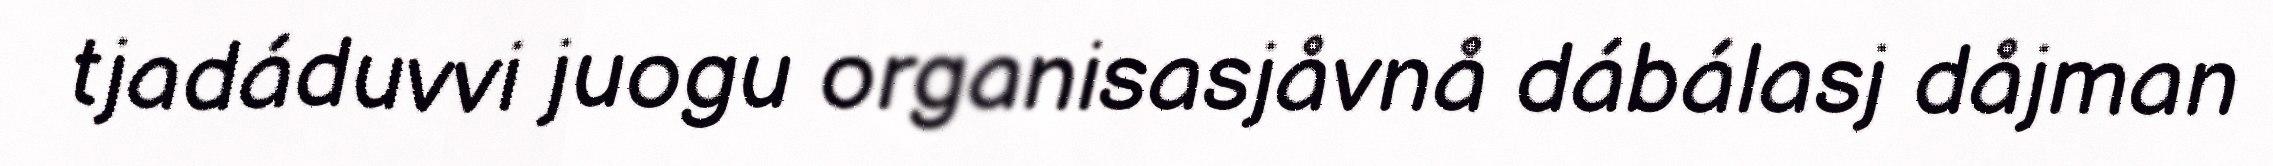
tjadáduvvi juogu organisasjåvnå dábálasj dåjman